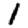
Digit: 1